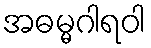
အဓမ္မဂါရဝါ